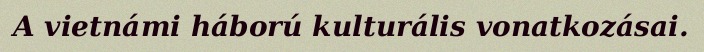
A vietnámi háború kulturális vonatkozásai.